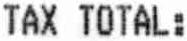
TAX TOTAL: